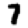
Digit: 7